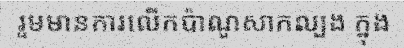
រួមមានការលើកប៉ាណូសាកល្បង ក្នុង